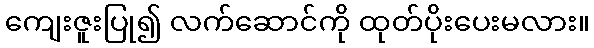
ကျေးဇူးပြု၍ လက်ဆောင်ကို ထုတ်ပိုးပေးမလား။